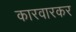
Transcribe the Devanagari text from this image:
कारवारकर